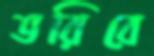
ভরিবে